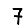
Digit: 7